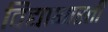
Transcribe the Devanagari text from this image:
विद्याभारती